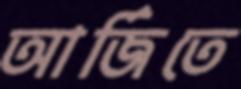
আর্জিতে